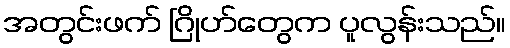
အတွင်းဖက် ဂြိုဟ်တွေက ပူလွန်းသည်။